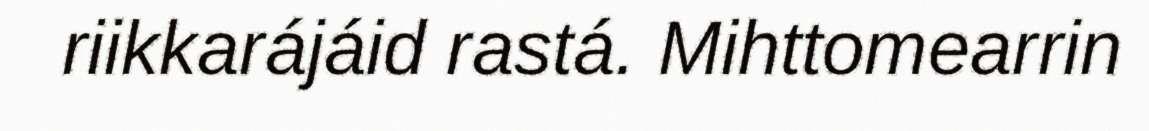
riikkarájáid rastá. Mihttomearrin